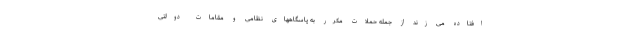
افتاده می زند از جمله حملات مکرر به پاسگاههای نظامی و مقامات دولتی